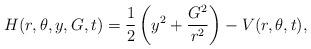
LaTeX: \begin{align*}H(r,\theta,y,G,t) = \frac{1}{2} \left( y^2+ \frac{G^2}{r^2}\right) - V(r,\theta,t),\end{align*}